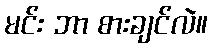
မင်း ဘာ စားချင်လဲ။